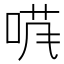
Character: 𱓄